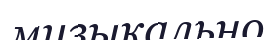
музыкально